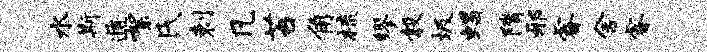
水斯遁絮氏剌凡苔角梳缪彀圾蝎隋邪睿舍睿